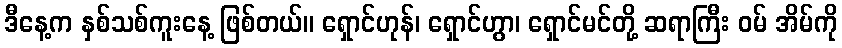
ဒီနေ့က နှစ်သစ်ကူးနေ့ ဖြစ်တယ်။ ရှောင်ဟုန်၊ ရှောင်ဟွာ၊ ရှောင်မင်တို့ ဆရာကြီး ဝမ် အိမ်ကို